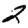
Digit: 2